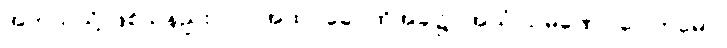
အဘယ်သို့ ဖြစ်သနည်း။) “ (အထ) ခေါ၊ ထိုအခါ၌။ အယံ သမဏော ဂေါတမော၊